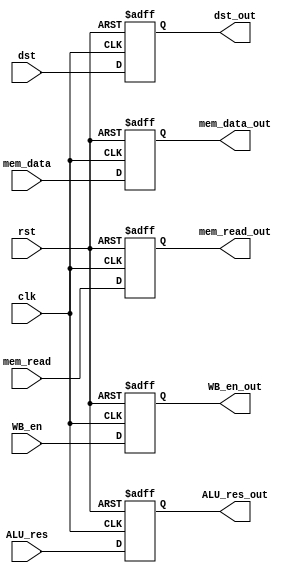
`timescale 1ns / 1ns

`define WORD_WIDTH 32
`define REG_FILE_ADDRESS_LEN 4
`define REG_FILE_SIZE 16
`define MEMORY_DATA_LEN 8
`define MEMORY_SIZE 2048
`define SIGNED_IMM_WIDTH 24
`define SHIFTER_OPERAND_WIDTH 12

`define INSTRUCTION_LEN         32
`define INSTRUCTION_MEM_SIZE    2048
`define DATA_MEM_SIZE 64

`define LSL_SHIFT 2'b00
`define LSR_SHIFT 2'b01
`define ASR_SHIFT 2'b10
`define ROR_SHIFT 2'b11

`define MODE_ARITHMETIC 2'b00
`define MODE_MEM 2'b01
`define MODE_BRANCH 2'b10

`define EX_MOV 4'b0001
`define EX_MVN 4'b1001
`define EX_ADD 4'b0010
`define EX_ADC 4'b0011
`define EX_SUB 4'b0100
`define EX_SBC 4'b0101
`define EX_AND 4'b0110
`define EX_ORR 4'b0111
`define EX_EOR 4'b1000
`define EX_CMP 4'b0100     ///1100
`define EX_TST 4'b0110     ///1110
`define EX_LDR 4'b0010     ///1010
`define EX_STR 4'b0010     ///1010

`define OP_MOV 4'b1101
`define OP_MVN 4'b1111
`define OP_ADD 4'b0100
`define OP_ADC 4'b0101
`define OP_SUB 4'b0010
`define OP_SBC 4'b0110
`define OP_AND 4'b0000
`define OP_ORR 4'b1100
`define OP_EOR 4'b0001
`define OP_CMP 4'b1010
`define OP_TST 4'b1000
`define OP_LDR 4'b0100
`define OP_STR 4'b0100

module Mem_Stage_Reg (clk, rst, dst, ALU_res, mem_data, mem_read, WB_en, dst_out, ALU_res_out, mem_data_out, mem_read_out, WB_en_out);
    input clk, rst;
    input [`REG_FILE_ADDRESS_LEN-1:0] dst;
    input [`WORD_WIDTH-1:0] ALU_res;
    input [`WORD_WIDTH-1:0] mem_data;
    input mem_read, WB_en;

    output reg [`REG_FILE_ADDRESS_LEN-1:0] dst_out;
    output reg [`WORD_WIDTH-1:0] ALU_res_out;
    output reg [`WORD_WIDTH-1:0] mem_data_out;
    output reg mem_read_out, WB_en_out;

    always @(posedge clk, posedge rst) begin
        if(rst) begin
            dst_out <= 0;
            ALU_res_out <= 0;
            mem_data_out <= 0;
            mem_read_out <= 0;
            WB_en_out <= 0;
        end
        else begin
            dst_out <= dst;
            ALU_res_out <= ALU_res;
            mem_data_out <= mem_data;
            mem_read_out <= mem_read;
            WB_en_out <= WB_en;
        end
    end
endmodule